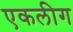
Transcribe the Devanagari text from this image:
एकलीग